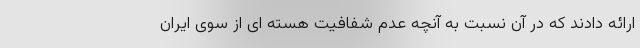
ارائه دادند که در آن نسبت به آنچه عدم شفافیت هسته ای از سوی ایران